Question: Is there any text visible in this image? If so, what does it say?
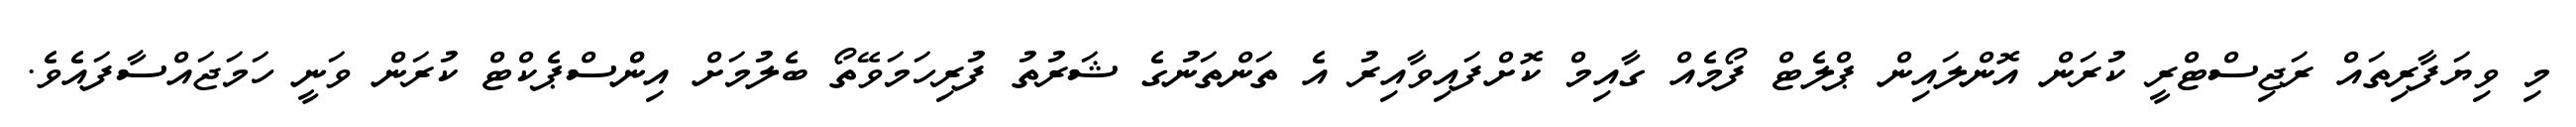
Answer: މި ވިޔަފާރިތައް ރަޖިސްޓްރީ ކުރަން އޮންލައިން ޕްލެޓް ފޯމެއް ގާއިމް ކޮށްފައިވާއިރު އެ ތަންތަނުގެ ޝަރުތު ފުރިހަމަވޭތޯ ބެލުމަށް އިންްސްޕެކްޓް ކުރަން ވަނީ ހަމަޖައްސާފައެވެ.